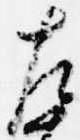
左